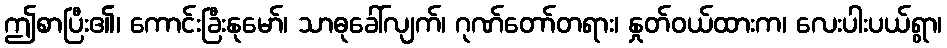
ဤစာပြီး၏၊ ကောင်းခြီးနုမော်၊ သာဓုခေါ်လျက်၊ ဂုဏ်တော်တရား၊ နှုတ်ဝယ်ထားက၊ လေးပါးပယ်ရွာ၊